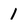
Character: 1